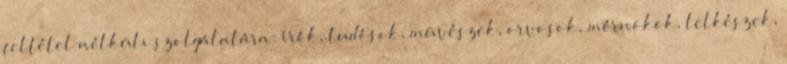
feltétel nélküli szolgálatára: írók, tudósok, mûvészek, orvosok, mérnökök, lelkészek,